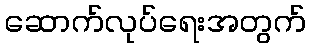
ဆောက်လုပ်ရေးအတွက်